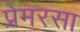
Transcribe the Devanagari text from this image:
प्रेमरसा